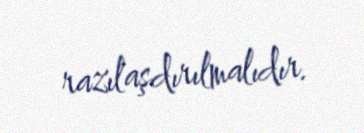
razılaşdırılmalıdır.